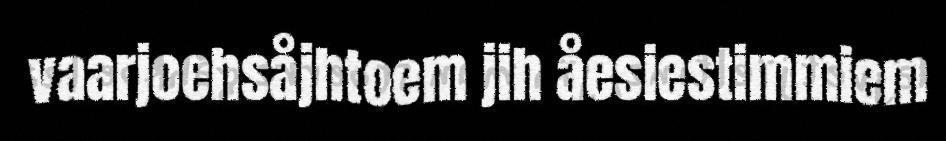
vaarjoehsåjhtoem jih åesiestimmiem